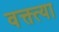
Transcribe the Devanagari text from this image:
वक्त्त्या